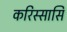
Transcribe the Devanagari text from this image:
करिस्सासि